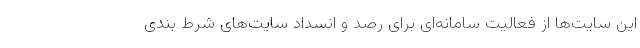
این سایت‌ها از فعالیت سامانه‌ای برای رصد و انسداد سایت‌های شرط بندی